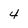
Character: 4